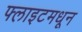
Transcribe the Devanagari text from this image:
फ्लाइटमधून